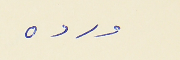
ورده